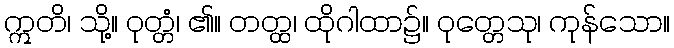
ဣတိ၊ သို့။ ဝုတ္တံ၊ ၏။ တတ္ထ၊ ထိုဂါထာ၌။ ဝုတ္တေသု၊ ကုန်သော။